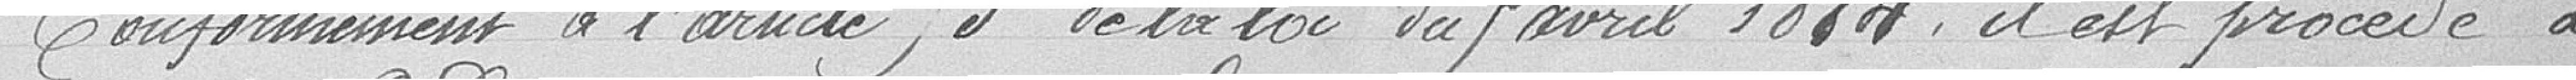
Conformément à l'article 3 de la loi du 5 avril 1884, il est procédé à